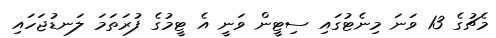
މެޗުގެ 13 ވަނަ މިނެޓުގައި ސިޓީން ވަނީ އެ ޓީމުގެ ފުރަތަމަ ލަނޑުޖަހައި